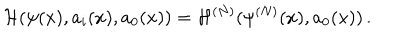
{ \cal H } ( \psi ( x ) , a _ { i } ( x ) , a _ { 0 } ( x ) ) = { \cal H } ^ { ( N ) } ( \psi ^ { ( N ) } ( x ) , a _ { 0 } ( x ) ) \, .